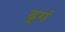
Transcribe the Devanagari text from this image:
ढ़्गं